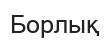
Борлық